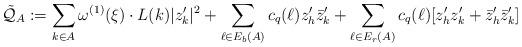
LaTeX: \begin{align*}\tilde{\mathcal Q}_A:=\sum_{k\in A}\omega^{(1)}(\xi)\cdot L(k)|z'_k|^2+\sum_{\ell\in E_b(A)} c_q(\ell)z'_h \bar z'_k + \sum_{\ell\in E_r(A)} c_q(\ell)[ z'_h z'_k + \bar z'_h\bar z'_k] \end{align*}